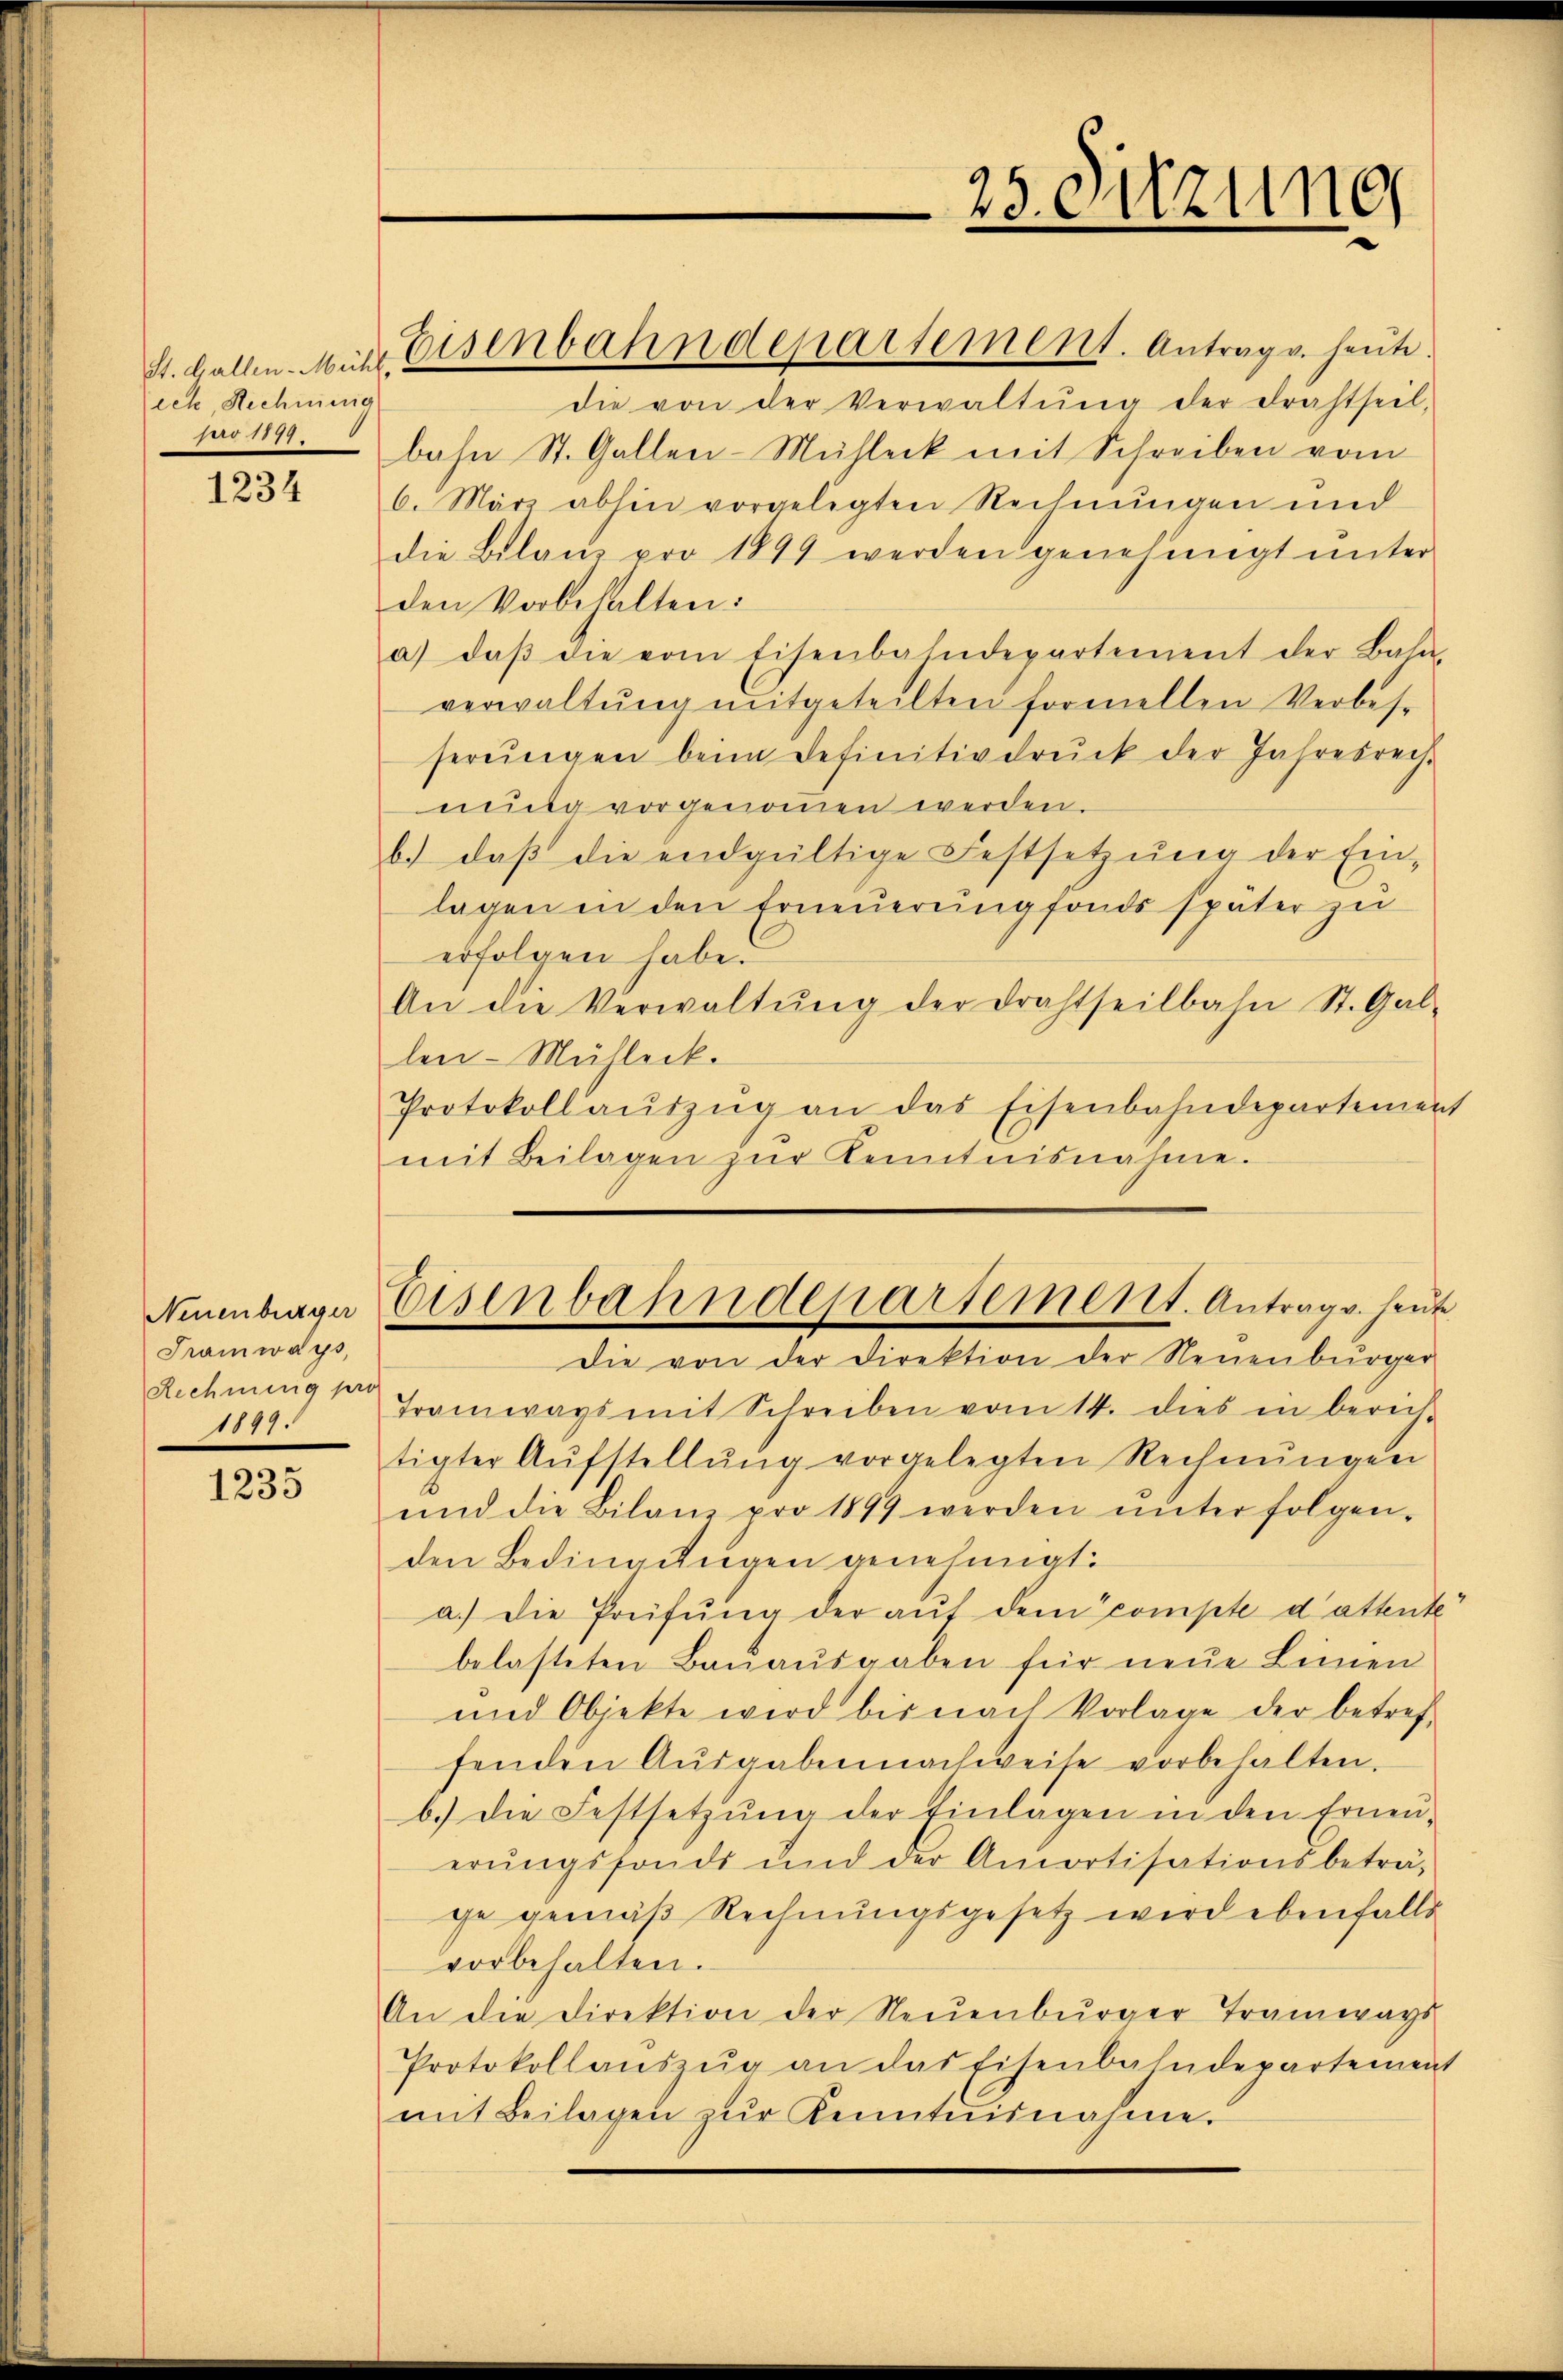
St. Gallen-Mühl,
ich, Rechnung

1234

Neuenburger
Tramways,
Rechnung pro
1847.

1235

die von der Verwaltŭng der drahtseel.
pr 1891. bahn St. Gallen-Mühleck mit Schreiben vom
6. März abhin vorgelegten Rechnŭngen und
die Bilans pro 1899 werden genehmigt ŭnter
den Vorbehalten:
a) daβ die vom Eisenbahndepartement der Bahn-
verwaltŭng mitgeteilten formellen Verbese
serungen beim Definitivdruck der Jahresrechnung vorgenommen werden.
b.) daβ die endgültige Festsetzŭng der Ein-
lagen in den Erneuerung fonds später zu
erfolgen habe.
An die Verwaltŭng der Drahtseilbahn St. Gal-
len-Mülleck.
Protokollaŭszŭg an das Eisenbahndepartement
mit Beilagen zŭr Kenntnisnahme.

Eisenbahndepartement. Antrag v. heute.

23. Sitzun

Eisenbahndepartement. Antrags. heute
Die von der Direktion der Neuenburger

Tramways mit Schreiben vom 14. dies in berech-
tigter Aŭfstellŭng vorgelegten Rechnŭngen
und die Bilanz pro 1899 werden ŭnter folgen-
den Bedingungen genehmigt.
a.) Die Prüfŭng der aŭf dem compte d’attente
belasteten Baŭaŭsgaben für neŭe Linnen
und Objekte wird bis nach Vorlage der betref-
fenden Aŭsgaben nachweise vorbehalten.
b.) Die Festsetzŭng der Einlagen in den Erneŭ-
erŭngsfonde und der Amortisationsbeträ-
ge gemäß Rechnungsgesetz wird ebenfalls
vorbehalten.
An die Direktion der Neŭenbŭrger Tramways
Protokollaŭszŭg an das Eisenbahndepartement
mit Beilagen zŭr Kenntnisnahme.